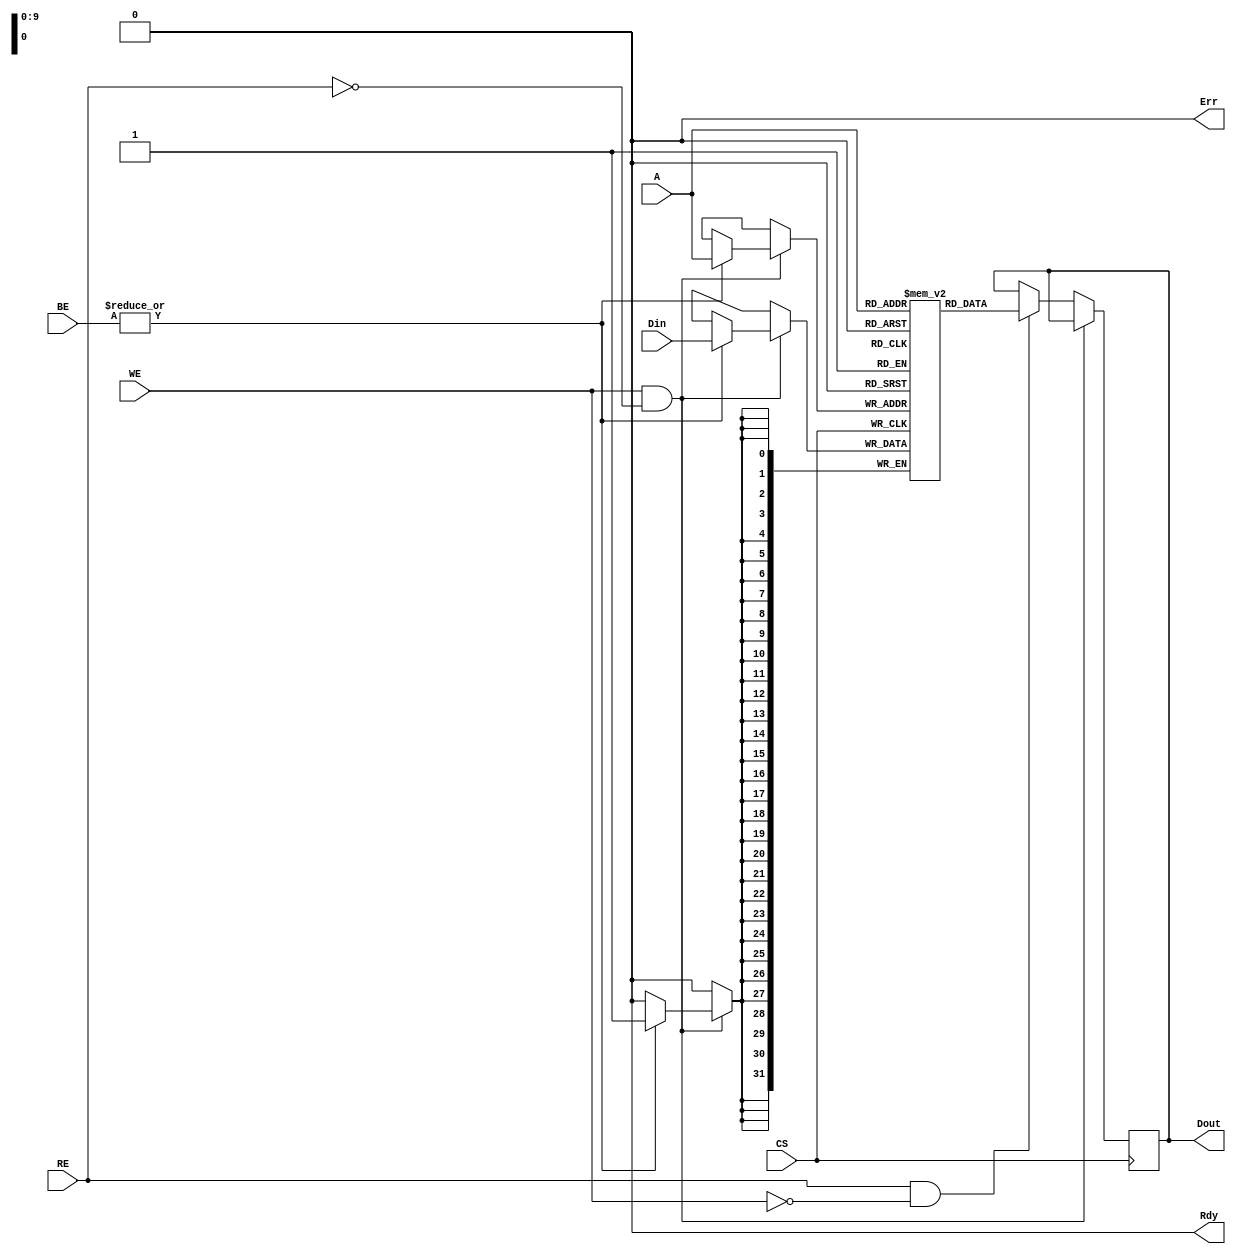
module mram_io_block #(
    parameter DATA_WIDTH = 32, // Can be 8, 16, or 32
    parameter ADDR_WIDTH = 10  // Adjust based on memory capacity
)(
    input wire [DATA_WIDTH-1:0] Din,      // Data input
    input wire [ADDR_WIDTH-1:0] A,         // Address input
    input wire WE,                          // Write Enable
    input wire RE,                          // Read Enable
    input wire CS,                          // Chip Select
    input wire [DATA_WIDTH/8-1:0] BE,      // Byte Enable
    output reg [DATA_WIDTH-1:0] Dout,      // Data output
    output reg Rdy,                         // Ready signal
    output reg Err                          // Error signal
);

    // Internal memory array (for demonstration purposes)
    reg [DATA_WIDTH-1:0] memory [(2**ADDR_WIDTH)-1:0];

    // State for operation
    reg [1:0] state; // 00: Idle, 01: Write, 10: Read, 11: Error

    // Initial state
    initial begin
        Rdy = 1'b0;
        Err = 1'b0;
        Dout = {DATA_WIDTH{1'b0}};
        state = 2'b00; // Idle state
    end

    // Main I/O operation logic
    always @(posedge CS) begin
        if (WE && !RE) begin
            // Write operation
            if (state == 2'b00) begin
                // Check for valid byte enable
                if (|BE) begin
                    memory[A] <= Din; // Write data to memory
                    state <= 2'b01; // Transition to Write state
                    Rdy <= 1'b1;    // Data is ready
                end else begin
                    Err <= 1'b1; // Error if no byte is enabled
                end
            end
        end else if (RE && !WE) begin
            // Read operation
            if (state == 2'b00) begin
                Dout <= memory[A]; // Read data from memory
                state <= 2'b10; // Transition to Read state
                Rdy <= 1'b1;    // Data is ready
            end
        end else begin
            // Idle state or invalid operation
            state <= 2'b00; // Back to Idle state
            Rdy <= 1'b0;    // Not ready
        end
    end

    // Reset signals
    always @(negedge CS) begin
        state <= 2'b00; // Reset to Idle state
        Rdy <= 1'b0;    // Not ready
        Err <= 1'b0;    // Clear error
    end

endmodule